Lunatic asylums in Bengal annual reports 1899-1911 - 1899-1911
Year: 1899
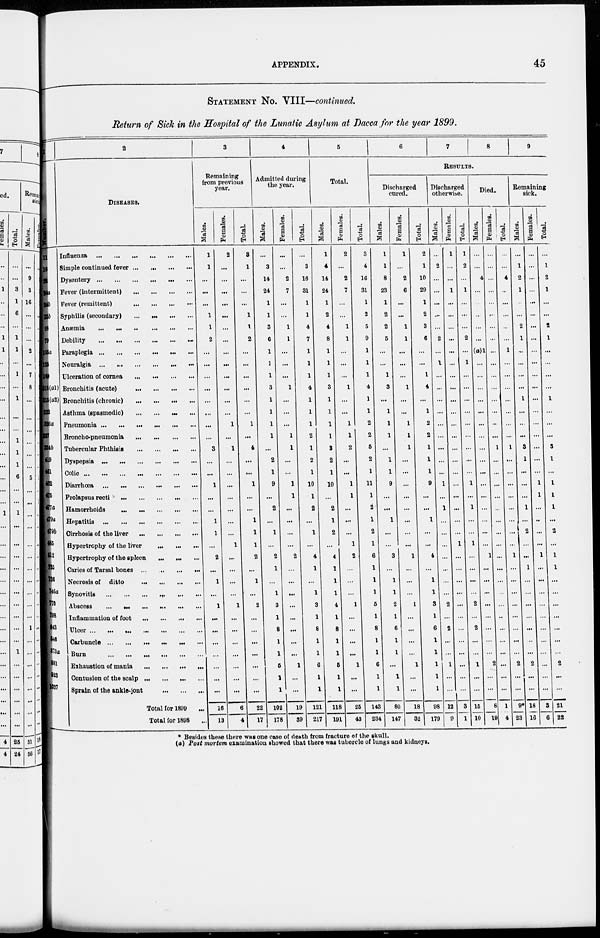
APPENDIX.
45
STATEMENT No. VIII—continued.
Return of Sick in the Hospital of the Lunatic Asylum at Dacca for the year 1899.
Number.
11
16
21
24a
24b
33b
68
79
103a
125
149
315(a1)
315(a2)
322
326a
327
334b
419
461
462
475
477a
479a
479b
485
512
735
736
746a
776
798
843
846
873a
881
923
1037
2
DISEASES.
Influenza ... ... ... ... ... ...
Simple continued fever ... ... ... ...
Dysentery ... ... ... ... ... ...
Fever (intermittent) ... ... ... ...
Fever (remittent) ... ... ... ...
Syphilis (secondary) ... ... ... ...
Anæmia ... ... ... ... ... ...
Debility ... ... ... ... ... ...
Paraplegia ... ... ... ... ... ...
Neuralgia ... ... ... ... ... ...
Ulceration of cornea ... ... ... ...
Bronchitis (acute) ... ... ... ...
Bronchitis (chronic) ... ... ... ...
Asthma (spasmodic) ... ... ... ...
Pneumonia ... ... ... ... ... ...
Broncho-pneumonia ... ... ... ...
Tubercular Phthisis ... ... ... ...
Dyspepsia ... ... ... ... ... ...
Colic ... ... ... ... ... ...
Diarrhœa ... ... ... ... ... ...
Prolapsus recti ... ... ... ...
Hamorrhoids ... ... ... ...
Hepatitis ... ... ... ...
Cirrhosis of the liver ... ... ... ...
Hypertrophy of the liver ... ... ...
Hypertrophy of the spleen ... ... ...
Caries of Tarsal bones ... ... ... ...
Necrosis of ditto ... ... ... ...
Synovitis ... ... ... ... ... ...
Abscess ... ... ... ...
Inflammation of foot ... ... ... ...
Ulcer ... ... ... ... ... ...
Carbuncle ... ... ... ... ... ...
Burn ... ... ... ... ... ...
Exhaustion of mania ... ... ... ...
Contusion of the scalp ... ... ... ...
Sprain of the ankle-jont ... ... ... ...
Total for 1899 ...
Total for 1898 ...
3
Remaining
from previous
year.
Males.
1
1
...
...
...
1
1
2
...
...
...
...
...
...
...
...
3
...
...
1
...
...
1
1
...
2
...
1
...
1
...
...
...
...
...
...
16
13
Females.
2
...
...
...
...
...
...
...
...
...
...
...
...
...
1
...
1
...
...
...
...
...
...
...
1
...
...
...
...
1
...
...
...
...
...
...
...
1
4
Total.
3
1
...
...
...
1
1
2
...
...
...
...
...
...
1
...
4
...
...
1
...
...
1
1
1
2
...
1
...
2
...
...
...
...
...
...
...
22
17
4
Admitted during
the year.
Males.
...
3
14
24
1
1
3
6
1
1
1
3
1
1
1
1
...
2
1
9
...
2
...
1
...
2
1
...
1
3
1
8
1
1
5
1
1
102
178
Females.
...
...
2
7
...
...
1
1
...
...
...
1
...
...
...
1
1
...
...
1
1
...
...
...
...
2
...
...
...
...
...
...
...
...
1
...
...
19
39
Total.
...
3
16
31
1
1
4
7
1
1
1
4
1
1
1
2
1
2
1
10
1
2
...
1
...
4
1
...
1
3
1
8
1
1
6
1
1
121
217
5
Total.
Males.
1
4
14
24
1
2
4
8
1
1
1
3
1
1
1
1
3
2
1
10
...
2
1
2
...
4
1
1
1
4
1
8
1
1
5
1
1
118
191
Females.
2
...
2
7
...
...
1
1
...
...
...
1
...
...
1
1
2
...
...
1
1
...
...
...
1
2
...
...
... 1
...
...
...
...
1
...
...
25
43
Total.
3
4
16
31
1
2
5
9
1
1
1
4
1
1
2
2
5
2
1
11
1
2
1
2
1
6
1
1
1
5
1
8
1
1
6
1
1
143
234
6
7
8
9
RESULTS.
Discharged
cured.
Males.
1
1
8
23
1
2
2
5
...
...
1
3
...
1
1
1
...
1
1
9
...
...
1
...
...
3
...
1
1
2
1
6
1
1
...
1
1
80
147
Females.
1
...
2
6
...
...
1
1
...
...
...
1
...
...
1
1
1
...
...
...
...
...
...
...
...
1
...
...
...
1
...
...
...
...
1
...
...
18
32
Total.
2
1
10
29
1
2
3
6
...
...
1
4
...
1
2
2
1
1
1
9
...
...
1
...
...
4
...
1
1
3
1
6
1
1
1
1
1
98
179
Discharged
otherwise.
Males.
...
2
...
...
...
...
...
2
...
1
...
...
...
...
...
...
...
...
...
1
...
1
...
...
...
...
...
...
...
2
...
2
...
... 1
...
...
12
9
Females.
1
...
...
1
...
...
...
...
...
...
...
...
...
...
...
...
...
...
...
...
...
...
...
...
...
...
...
...
...
...
..
...
...
...
...
...
...
3
1
Total.
1
2
...
1
...
...
...
2
...
1
...
...
...
...
...
...
...
...
...
1
...
1
...
...
1
...
...
...
...
2
..
2
...
...
1
...
...
15
10
Died.
Males.
...
...
4
...
...
...
...
...
(a)1
...
...
...
...
...
...
...
...
...
...
...
...
...
...
...
1
1
...
...
...
...
...
...
...
...
1
...
...
8
19
Females.
...
...
...
...
...
..
...
...
...
...
...
...
...
...
...
...
1
...
...
...
...
..
...
...
...
...
...
...
...
...
...
...
...
...
2
...
...
1
4
Total.
...
...
4
..
...
...
..
...
1
...
...
...
...
...
...
...
1
...
...
...
..
..
...
...
1
...
...
...
...
...
...
...
...
...
...
...
9*
23
Remaining
sick.
Males.
...
1
2
1
...
...
2
1
...
...
...
...
1
...
...
...
3
1
...
...
...
1
...
2
...
...
1
...
...
...
...
...
...
2
...
...
18
16
Females.
...
...
...
...
...
...
...
...
...
...
..
..
...
...
...
...
...
...
...
1
1
...
...
...
...
1
...
..
...
...
...
...
...
...
2
...
...
3
6
Total.
...
1
2
1
...
...
2
1
...
...
...
...
1
...
...
...
3
1
....
1
1
1
...
2
1
1
...
...
...
...
...
...
...
2
...
21
22
* Besides these there was one case of death from fracture of the skull.
(a) Post mortem examination showed that there was tubercle of lungs and kidneys.